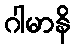
ဂါမာနိ